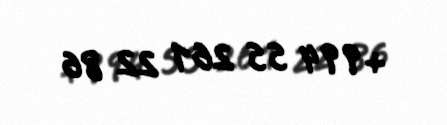
+994 55 261 22 86